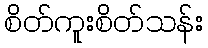
စိတ်ကူးစိတ်သန်း